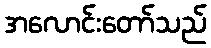
အလောင်းတော်သည်